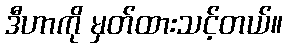
ဒီဟာကို မှတ်ထားသင့်တယ်။